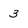
Character: 3